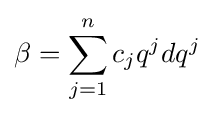
\beta =\sum _{j=1}^{n}c_{j}q^{j}dq^{j}